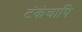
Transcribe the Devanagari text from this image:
टंकंचापि